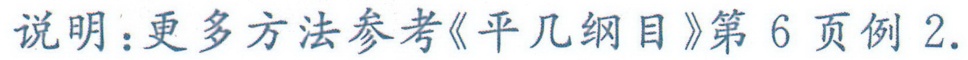
说明：更多方法参考《平几纲目》第 6 页例 2.